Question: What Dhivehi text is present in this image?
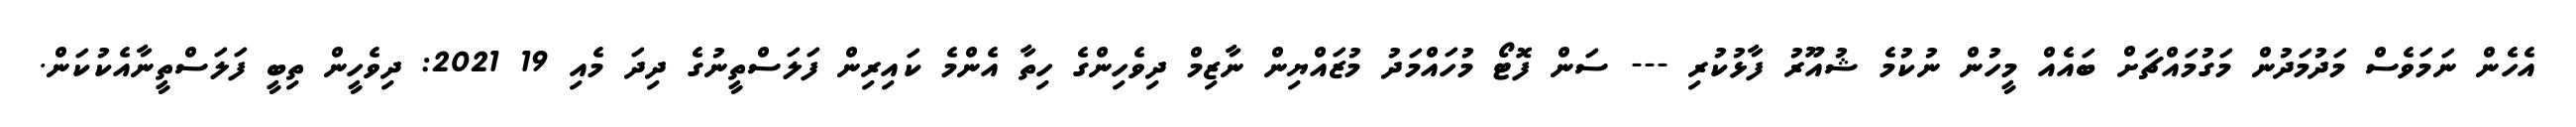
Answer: އެހެން ނަމަވެސް މަދުމަދުން މަގުމައްޗަށް ބައެއް މީހުން ނުކުމެ ޝުއޫރު ފާޅުކުރި --- ސަން ފޮޓޯ މުހައްމަދު މުޒައްޔިން ނާޒިމް ދިވެހިންގެ ހިތާ އެންމެ ކައިރިން ފަލަސްތީނުގެ ދިދަ މެއި 19 2021: ދިވެހީން ތިބީ ފަލަސްތީނާއެކުކަން.